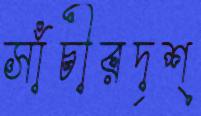
সাঁচীরদৃশ্